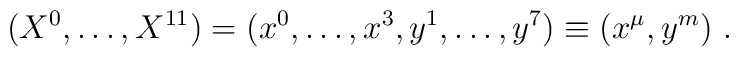
(X^0,\ldots,X^{11}) =(x^0,\ldots,x^3,y^1,\ldots,y^7) \equiv (x^\mu,y^m)\ .